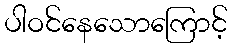
ပါဝင်နေသောကြောင့်